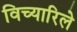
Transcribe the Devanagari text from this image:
विच्यारिले